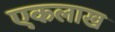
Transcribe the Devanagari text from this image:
एकलाख